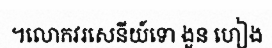
។លោកវរសេនីយ៍ទោ ងួន ហៀង